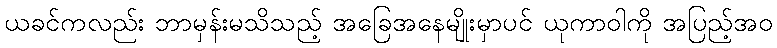
ယခင်ကလည်း ဘာမှန်းမသိသည့် အခြေအနေမျိုးမှာပင် ယုကာဝါကို အပြည့်အဝ